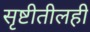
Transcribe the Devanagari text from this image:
सृष्टीतीलही